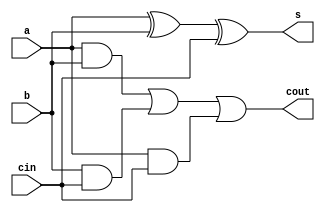
module FullAdder_comb(a, b, cin, s, cout);

input a, b, cin;
output s, cout;

assign s = a ^ b ^ cin;

assign cout = (a&b) | (b&cin) | (a&cin);


endmodule